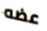
عضه